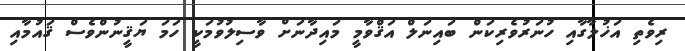
ރިވެތި އަޚުލާގާއި ހުނަރުވެރިކަން ބައިނަލް އަޤްވާމީ މައިދާނަށް ވާސިލުވުމަކީ ހަމަ ޔަޤީނުންވެސް ޤައުމާއި